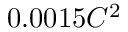
0 . 0 0 1 5 C ^ { 2 }